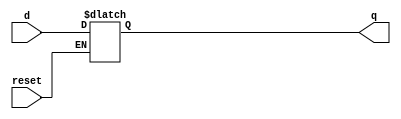
// Instruction Memory Design
module D_ff_IM( input reset, input d, output reg q);
	always@(reset)
	if(reset)
		q=d;
endmodule

module register_IM(input reset, input [15:0] d_in, output [15:0] q_out);
	D_ff_IM dIM0 (reset, d_in[0], q_out[0]);
	D_ff_IM dIM1 (reset, d_in[1], q_out[1]);
	D_ff_IM dIM2 (reset, d_in[2], q_out[2]);
	D_ff_IM dIM3 (reset, d_in[3], q_out[3]);
	D_ff_IM dIM4 (reset, d_in[4], q_out[4]);
	D_ff_IM dIM5 (reset, d_in[5], q_out[5]); 
	D_ff_IM dIM6 (reset, d_in[6], q_out[6]);
	D_ff_IM dIM7 (reset, d_in[7], q_out[7]);
	D_ff_IM dIM8 (reset, d_in[8], q_out[8]);
	D_ff_IM dIM9 (reset, d_in[9], q_out[9]);
	D_ff_IM dIM10 (reset, d_in[10], q_out[10]);
	D_ff_IM dIM11 (reset, d_in[11], q_out[11]);
	D_ff_IM dIM12 (reset, d_in[12], q_out[12]);
	D_ff_IM dIM13 (reset, d_in[13], q_out[13]);
	D_ff_IM dIM14 (reset, d_in[14], q_out[14]);
	D_ff_IM dIM15 (reset, d_in[15], q_out[15]);
endmodule

module IM(  input reset, input [4:0] pc_5bits, output [15:0] IR );
	wire [15:0] Qout0, Qout1, Qout2, Qout3, Qout4, Qout5, Qout6, Qout7,
					Qout8, Qout9, Qout10, Qout11, Qout12, Qout13, Qout14, Qout15;
	register_IM rIM0(reset, 16'b111_0010_0001_00001,Qout0); 		//addi $r1, $r2, 1 
	register_IM rIM1(reset, 16'b000_0001_0001_0_0010, Qout1); 		//add $r2, $r1,$r1
	register_IM rIM2(reset, 16'b111_0010_0011_00001, Qout2); 		//addi $r3,$r2,1
	register_IM rIM3(reset, 16'b010_0011_0010_0_0000, Qout3); 		//mul $r3,$r2
	register_IM rIM4(reset, 16'b101_0000_0000_0_0110, Qout4); 		//mflo r6
	register_IM rIM5(reset, 16'b110_0000_0100_00100, Qout5); 		//ori $r4,$r0,4
	register_IM rIM6(reset, 16'b001_0001_0100_0_0101, Qout6); 		//or $r5,$rl,$r4
	register_IM rIM7(reset, 16'b111_0000_1111_01111, Qout7);		//addi $r15, $r0, 15
	register_IM rIM8(reset, 16'b011_1111_0010_00000, Qout8); 		//div $r15,$r2
	register_IM rIM9(reset, 16'b101_0000_0000_0_0111, Qout9); 		//mflo r7
	register_IM rIM10(reset, 16'b100_0000_0000_0_1000, Qout10); 	//mfhi r8
	register_IM rIM11(reset, 16'b111_1110_1001_11010, Qout11); 	//addi $r9,$r14,-6
	register_IM rIM12(reset, 16'b110_0100_1110_10000, Qout12); //	ori $r15,$r4, -16
	register_IM rIM13(reset, 16'b010_1001_1111_0_0000, Qout13); //mul $r9,$15	
	register_IM rIM14(reset, 16'b100_0000_0000_0_1010, Qout14); 	//mfhi r10
	register_IM rIM15(reset, 16'b101_0000_0000_0_1011, Qout15); 	//mflo r11
	mux16to1 mIM (Qout0,Qout1,Qout2,Qout3,Qout4,Qout5,Qout6,Qout7,Qout8,Qout9,Qout10,Qout11,Qout12,Qout13,Qout14,Qout15,pc_5bits[4:1],IR);
endmodule
//Instruction Memory Design Ends
// Register File Design
module D_ff (input clk, input reset, input regWrite, input decOut1b, input d, output reg q);
	always @ (negedge clk)
	begin
	if(reset==1)
		q=0;
	else
		if(regWrite == 1 && decOut1b==1) begin q=d; end
	end
endmodule

module register16bit( input clk, input reset, input regWrite, input decOut1b, input [15:0] writeData, output  [15:0] outR );
	D_ff d0(clk, reset, regWrite, decOut1b, writeData[0], outR[0]);
	D_ff d1(clk, reset, regWrite, decOut1b, writeData[1], outR[1]);
	D_ff d2(clk, reset, regWrite, decOut1b, writeData[2], outR[2]);
	D_ff d3(clk, reset, regWrite, decOut1b, writeData[3], outR[3]);
	D_ff d4(clk, reset, regWrite, decOut1b, writeData[4], outR[4]);
	D_ff d5(clk, reset, regWrite, decOut1b, writeData[5], outR[5]);
	D_ff d6(clk, reset, regWrite, decOut1b, writeData[6], outR[6]);
	D_ff d7(clk, reset, regWrite, decOut1b, writeData[7], outR[7]);
	D_ff d8(clk, reset, regWrite, decOut1b, writeData[8], outR[8]);
	D_ff d9(clk, reset, regWrite, decOut1b, writeData[9], outR[9]);
	D_ff d10(clk, reset, regWrite, decOut1b, writeData[10], outR[10]);
	D_ff d11(clk, reset, regWrite, decOut1b, writeData[11], outR[11]);
	D_ff d12(clk, reset, regWrite, decOut1b, writeData[12], outR[12]);
	D_ff d13(clk, reset, regWrite, decOut1b, writeData[13], outR[13]);
	D_ff d14(clk, reset, regWrite, decOut1b, writeData[14], outR[14]);
	D_ff d15(clk, reset, regWrite, decOut1b, writeData[15], outR[15]);
endmodule

module registerSet( input clk, input reset, input regWrite, input [15:0] decOut, input [15:0] writeData,  output [15:0] outR0,outR1,outR2,outR3,outR4,outR5,outR6,outR7,outR8,outR9,outR10,outR11,outR12,outR13,outR14,outR15 );
		register16bit r0 (clk, reset, 1'b0, decOut[0] , writeData , outR0 );
		register16bit r1 (clk, reset, regWrite, decOut[1] , writeData , outR1 );
		register16bit r2 (clk, reset, regWrite, decOut[2] , writeData , outR2 );
		register16bit r3 (clk, reset, regWrite, decOut[3] , writeData , outR3 );
		register16bit r4 (clk, reset, regWrite, decOut[4] , writeData , outR4 );
		register16bit r5 (clk, reset, regWrite, decOut[5] , writeData , outR5 );
		register16bit r6 (clk, reset, regWrite, decOut[6] , writeData , outR6 );
		register16bit r7 (clk, reset, regWrite, decOut[7] , writeData , outR7 );
		register16bit r8 (clk, reset, regWrite, decOut[8] , writeData , outR8 );
		register16bit r9 (clk, reset, regWrite, decOut[9] , writeData , outR9 );
		register16bit r10 (clk, reset, regWrite, decOut[10] , writeData , outR10 );
		register16bit r11(clk, reset, regWrite, decOut[11] , writeData , outR11 );
		register16bit r12 (clk, reset, regWrite, decOut[12] , writeData , outR12 );
		register16bit r13 (clk, reset, regWrite, decOut[13] , writeData , outR13 );
		register16bit r14 (clk, reset, regWrite, decOut[14] , writeData , outR14 );
		register16bit r15 (clk, reset, regWrite, decOut[15] , writeData , outR15 );
endmodule

module decoder4to16( input [3:0] destReg, output reg [15:0] decOut);
	always@(destReg)
	case(destReg)
			4'b0000: decOut=16'b0000000000000001; 
			4'b0001: decOut=16'b0000000000000010;
			4'b0010: decOut=16'b0000000000000100;
			4'b0011: decOut=16'b0000000000001000;
			4'b0100: decOut=16'b0000000000010000;
			4'b0101: decOut=16'b0000000000100000;
			4'b0110: decOut=16'b0000000001000000;
			4'b0111: decOut=16'b0000000010000000;
			4'b1000: decOut=16'b0000000100000000; 
			4'b1001: decOut=16'b0000001000000000;
			4'b1010: decOut=16'b0000010000000000;
			4'b1011: decOut=16'b0000100000000000;
			4'b1100: decOut=16'b0001000000000000;
			4'b1101: decOut=16'b0010000000000000;
			4'b1110: decOut=16'b0100000000000000;
			4'b1111: decOut=16'b1000000000000000;
	endcase
endmodule

module mux16to1( input [15:0] outR0,outR1,outR2,outR3,outR4,outR5,outR6,outR7,outR8,outR9,outR10,outR11,outR12,outR13,outR14,outR15, input [3:0] Sel, output reg [15:0] outBus );
	always@(outR0 or outR1 or outR2 or outR3 or outR4 or outR5 or outR6 or outR7 or outR8 or outR9 or outR10 or outR11 or outR12 or outR13 or outR14 or outR15 or Sel)
	case (Sel)
				4'b0000: outBus=outR0;
				4'b0001: outBus=outR1;
				4'b0010: outBus=outR2;
				4'b0011: outBus=outR3;
				4'b0100: outBus=outR4;
				4'b0101: outBus=outR5;
				4'b0110: outBus=outR6;
				4'b0111: outBus=outR7;
				4'b1000: outBus=outR8;
				4'b1001: outBus=outR9;
				4'b1010: outBus=outR10;
				4'b1011: outBus=outR11;
				4'b1100: outBus=outR12;
				4'b1101: outBus=outR13;
				4'b1110: outBus=outR14;
				4'b1111: outBus=outR15;
	endcase
endmodule

module registerFile(input clk, input reset, input regWrite, input [3:0] srcRegA, input [3:0] srcRegB, 
input [3:0] destReg,  input [15:0] writeData, output [15:0] outBusA, output [15:0] outBusB );
	wire [15:0] decOut;
	wire [15:0] outR0,outR1,outR2,outR3,outR4,outR5,outR6,outR7,outR8,outR9,outR10,outR11,outR12,outR13,outR14,outR15;
	decoder4to16 d0 (destReg,decOut);
	registerSet rSet0( clk, reset, regWrite, decOut, writeData, outR0,outR1,outR2,outR3,outR4,outR5,outR6,outR7,outR8,outR9,outR10,outR11,outR12,outR13,outR14,outR15);
	mux16to1 m1(outR0,outR1,outR2,outR3,outR4,outR5,outR6,outR7,outR8,outR9,outR10,outR11,outR12,outR13,outR14,outR15,srcRegA,outBusA);
	mux16to1 m2(outR0,outR1,outR2,outR3,outR4,outR5,outR6,outR7,outR8,outR9,outR10,outR11,outR12,outR13,outR14,outR15,srcRegB,outBusB);
endmodule
//Register File Design Ends

module ctrlCkt(input [2:0] opcode, output reg regWrite, output reg regDst, output reg [1:0] aluSrc, output reg [1:0] aluOp, output reg hiWrite, output reg loWrite, output reg [1:0] toReg);
always @ (opcode)
	case(opcode)
	3'b000: 
		begin
		regWrite=1'b1; regDst=1'b1; aluSrc=2'b00; aluOp=2'b00; hiWrite=1'b0; loWrite=1'b0; toReg=2'b10;
		end

	3'b001: 
		begin
		regWrite=1'b1; regDst=1'b1; aluSrc=2'b00; aluOp=2'b01; hiWrite=1'b0; loWrite=1'b0; toReg=2'b10;
		end

	3'b010: 
		begin
		regWrite=1'b0; regDst=1'b0; aluSrc=2'b00; aluOp=2'b10; hiWrite=1'b1; loWrite=1'b1; toReg=2'b01;
		end

	3'b011: 
		begin
		regWrite=1'b0; regDst=1'b0; aluSrc=2'b00; aluOp=2'b11; hiWrite=1'b1; loWrite=1'b1; toReg=2'b01;
		end

	3'b100: 
		begin
		regWrite=1'b1; regDst=1'b1; aluSrc=2'b01; aluOp=2'b01; hiWrite=1'b0; loWrite=1'b0; toReg=2'b00;
		end

	3'b101: 
		begin
		regWrite=1'b1; regDst=1'b1; aluSrc=2'b01; aluOp=2'b01; hiWrite=1'b0; loWrite=1'b0; toReg=2'b01;
		end

	3'b110: 
		begin
		regWrite=1'b1; regDst=1'b0; aluSrc=2'b10; aluOp=2'b01; hiWrite=1'b0; loWrite=1'b0; toReg=2'b10;
		end

	3'b111: 
		begin
		regWrite=1'b1; regDst=1'b0; aluSrc=2'b01; aluOp=2'b00; hiWrite=1'b0; loWrite=1'b0; toReg=2'b10;
		end
	endcase
endmodule

module mux2to1_4bits(input [3:0] in1, input [3:0] in2, input sel, output reg [3:0] muxout);
always @ (in1 or in2 or sel)
begin
	case(sel)
	1'b0: muxout=in1;
	1'b1: muxout=in2;
	endcase
	end
endmodule

module adder(input [15:0] in1, input [15:0] in2, output reg [15:0] adder_out);
always @ (in1 or in2)
begin
adder_out=in1 + in2;
end
endmodule

module signExt5to16( input [4:0] offset, output reg [15:0] signExtOffset);
always @ (offset)
begin
	signExtOffset[0]=offset[0];
	signExtOffset[1]=offset[1];
	signExtOffset[2]=offset[2];
	signExtOffset[3]=offset[3];
	signExtOffset[4]=offset[4];
	signExtOffset[5]=offset[4];
	signExtOffset[6]=offset[4];
	signExtOffset[7]=offset[4];
	signExtOffset[8]=offset[4];
	signExtOffset[9]=offset[4];
	signExtOffset[10]=offset[4];
	signExtOffset[11]=offset[4];
	signExtOffset[12]=offset[4];
	signExtOffset[13]=offset[4];
	signExtOffset[14]=offset[4];
	signExtOffset[15]=offset[4];
end
endmodule

module zeroExt5to16( input [4:0] offset, output reg [15:0] zeroExtOffset);
always @ (offset)
begin
	zeroExtOffset[0]=offset[0];
	zeroExtOffset[1]=offset[1];
	zeroExtOffset[2]=offset[2];
	zeroExtOffset[3]=offset[3];
	zeroExtOffset[4]=offset[4];
	zeroExtOffset[5]=1'b0;
	zeroExtOffset[6]=1'b0;
	zeroExtOffset[7]=1'b0;
	zeroExtOffset[8]=1'b0;
	zeroExtOffset[9]=1'b0;
	zeroExtOffset[10]=1'b0;
	zeroExtOffset[11]=1'b0;
	zeroExtOffset[12]=1'b0;
	zeroExtOffset[13]=1'b0;
	zeroExtOffset[14]=1'b0;
	zeroExtOffset[15]=1'b0;
end
endmodule

module mux4to1_16bits(input [15:0] in1, input [15:0] in2, input [15:0] in3, input [1:0] sel, output reg [15:0] muxout);
always @ (in1 or in2 or in3 or sel)
begin
	case(sel)
	2'b00: muxout=in1;
	2'b01: muxout=in2;
	2'b10: muxout=in3;
	2'b11: muxout=in3;
	endcase
	end
endmodule

//For Multiplication lo register stores least significant 16 bits of result and hi register stores most significant 16 bits of result
//For Division lo register stores quotient of result and hi register stores remainder of result
module alu(input [15:0] aluIn1, input [15:0] aluIn2, input [1:0] aluOp, output reg [15:0] aluOut1,output reg [15:0] aluOut2);
reg[31:0] inter;
always @ (aluIn1 or aluIn2 or aluOp)
begin
	case(aluOp)
	2'b00: aluOut1 = aluIn1 + aluIn2;
	2'b01: aluOut1 = aluIn1 | aluIn2;
	2'b10: begin inter = aluIn1 * aluIn2; aluOut1 = inter[15:0]; aluOut2 = inter[31:16]; end 
	2'b11: begin aluOut1 = aluIn1/aluIn2; aluOut2 = aluIn1 % aluIn2; end
	endcase
	end
endmodule

module singleCycle(input clk, input reset, output [15:0] Result );
reg[15:0] ad=16'b0000000000000010;
wire regWrite, regDst, loWrite, hiWrite;
wire[1:0] aluSrc, aluOp, toReg;
wire[15:0] writedatapc, outpc, outalu1, outalu2, outhi, outlo, outim, outrf1, outrf2, outzx, outsx, outm2;
wire[3:0] outm1;
register16bit pc (clk, reset, 1'b1, 1'b1, writedatapc, outpc);
register16bit hi (clk, reset, hiWrite, 1'b1, outalu2, outhi);
register16bit lo (clk, reset, loWrite, 1'b1, outalu1, outlo);
adder a1 (outpc, ad, writedatapc);
IM im1 (reset, outpc[4:0], outim);
ctrlCkt ck1 (outim[15:13], regWrite, regDst, aluSrc, aluOp, hiWrite, loWrite, toReg);
signExt5to16 s1 (outim[4:0], outsx);
zeroExt5to16 z1 (outim[4:0], outzx);
registerFile rf1 (clk, reset, regWrite, outim[12:9], outim[8:5], outm1, Result, outrf1, outrf2);
mux2to1_4bits m1 (outim[8:5], outim[3:0], regDst, outm1);
mux4to1_16bits m2 (outrf2, outsx, outzx, aluSrc, outm2);
alu al1 (outrf1, outm2, aluOp, outalu1, outalu2);
mux4to1_16bits m3 (outhi, outlo, outalu1, toReg, Result);
endmodule

module singleCycleTestBench;
	reg clk;
	reg reset;
	wire [15:0] Result;
	singleCycle uut (.clk(clk), .reset(reset), .Result(Result));

	always
	#5 clk=~clk;
	
	initial
	begin
		clk=0; reset=1;
		#5  reset=0;	
		#165 $finish; 
	end
endmodule